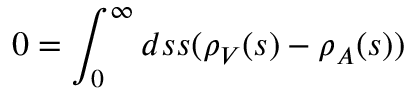
0 = \int _ { 0 } ^ { \infty } d s s ( \rho _ { V } ( s ) - \rho _ { A } ( s ) )